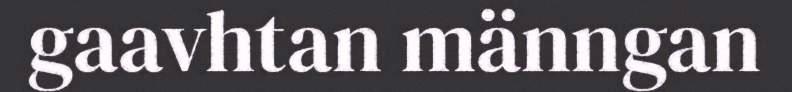
gaavhtan männgan